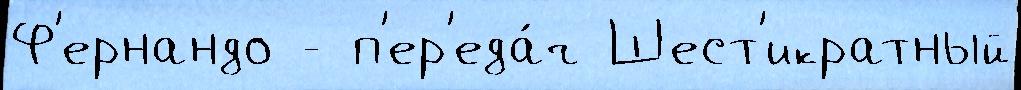
Ф'ернандо - п'ер'еда́ч Шест'икратный